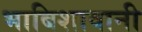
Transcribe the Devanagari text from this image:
भाबिशावानी